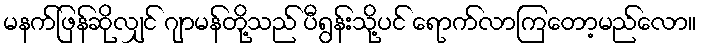
မနက်ဖြန်ဆိုလျှင် ဂျာမန်တို့သည် ပီရွန်းသို့ပင် ရောက်လာကြတော့မည်လော။